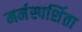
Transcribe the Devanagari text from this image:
मर्मस्पर्शिता